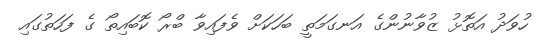
ހުވަދު އަތޮޅު ޒުވާނުންގެ އަނގަމަތީ ބަހަކަށް ވެފައިވާ ބްރޯ ކޮބައިތޯ ގެ ފަހަތުގައި